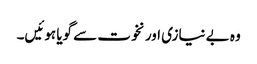
وہ بے نیازی اور نخوت سے گویا ہوئیں۔